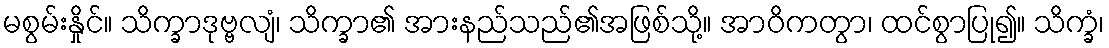
မစွမ်းနှိုင်။ သိက္ခာဒုဗ္ဗလျံ၊ သိက္ခာ၏ အားနည်သည်၏အဖြစ်သို့။ အာဝိကတွာ၊ ထင်စွာပြု၍။ သိက္ခံ၊